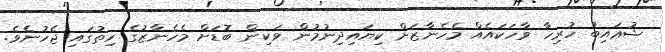
ޝުޢައިބު ހުރިހާ ވާހަކައެއް މެހެނާޒަށް ކިޔައިދިނުމުން ވަކިން ބޮޑަށް މެހެނާޒުގެ ހިތުގައި ޖެހުނެވެ.